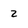
Character: 2